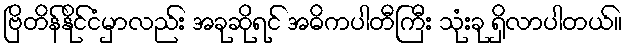
ဗြိတိန်နိုင်ငံမှာလည်း အခုဆိုရင် အဓိကပါတီကြီး သုံးခု ရှိလာပါတယ်။